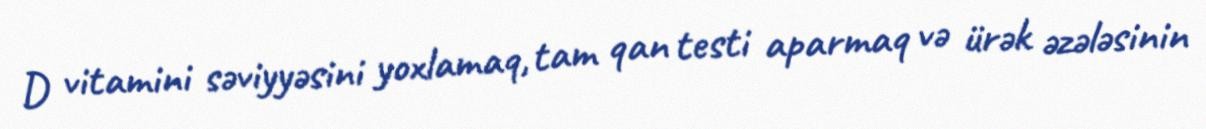
D vitamini səviyyəsini yoxlamaq, tam qan testi aparmaq və ürək əzələsinin